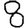
Digit: 8